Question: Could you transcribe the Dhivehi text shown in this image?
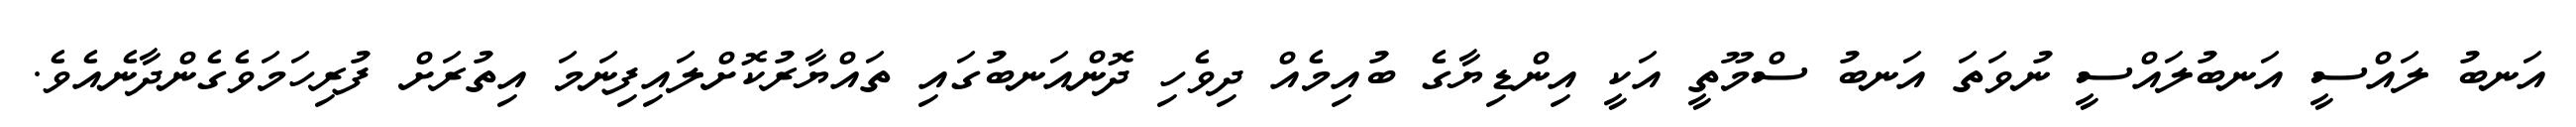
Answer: އަނބު ލައްސީ އަނބުލައްސީ ނުވަތަ އަނބު ސްމޫތީ އަކީ އިންޑިޔާގެ ބުއިމެއް ދިވެހި ދޮންއަނބުގައި ތައްޔާރުކޮށްލައިފިނަމަ އިތުރަށް ފުރިހަމަވެގެންދާނެއެވެ.